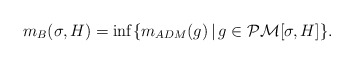
\begin{align*}m_B(\sigma, H) = \inf \{ m_{ADM}(g) \,|\, g \in \mathcal{PM}[\sigma, H] \}.\end{align*}